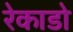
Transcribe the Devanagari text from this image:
रेकाडो